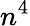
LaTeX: n^{4}